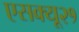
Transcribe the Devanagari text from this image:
एसक्यू२१